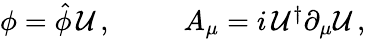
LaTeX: \begin{array}{cc}{{\phi=\hat{\phi}\, {\cal U}\, ,~~~}}&{{~~~A_{\mu}=i\, {\cal U}^{\dagger}\partial_{\mu}{\cal U}\, ,}}\end{array}